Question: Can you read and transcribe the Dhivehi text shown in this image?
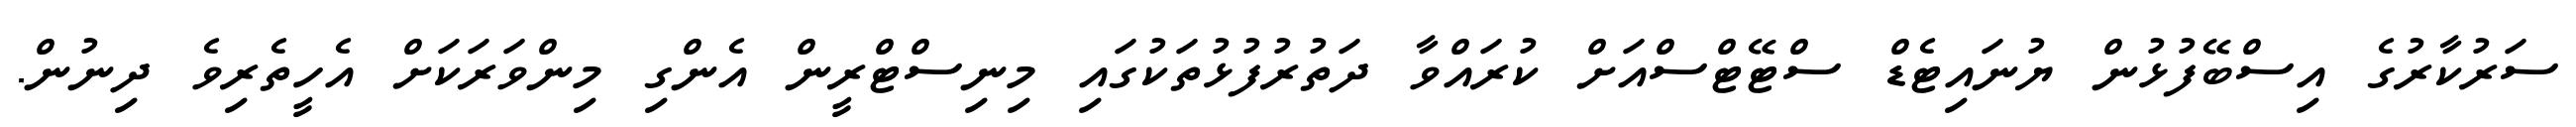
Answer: ސަރުކާރުގެ އިސްބޭފުޅުން ޔުނައިޓެޑް ސްޓޭޓްސްއަށް ކުރައްވާ ދަތުރުފުޅުތަކުގައި މިނިސްޓްރީން އެންގި މިންވަރަކަށް އެހީތެރިވެ ދިނުން.